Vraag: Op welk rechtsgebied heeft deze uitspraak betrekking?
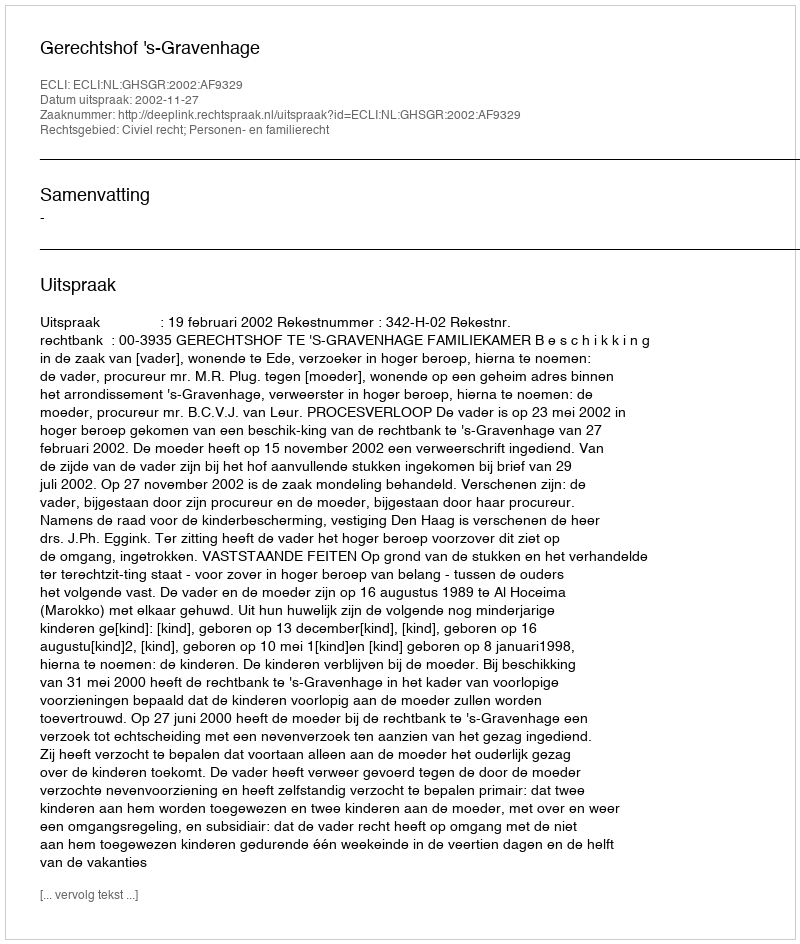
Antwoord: Civiel recht; Personen- en familierecht